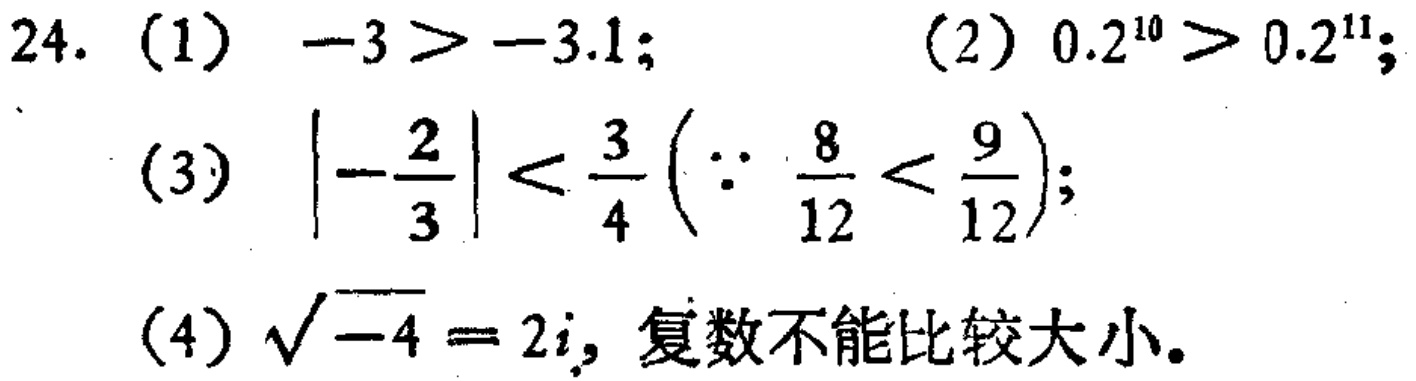
24. (1) \(-3 > -3.1\); (2) \(0.2^{10} > 0.2^{11}\);

(3) \(\left|-\frac{2}{3}\right| < \frac{3}{4}\left(\because \frac{8}{12} < \frac{9}{12}\right)\);

(4) \(\sqrt{-4} = 2i\), 复数不能比较大小。